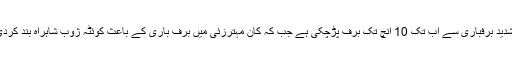
مری میں شدید برفباری سے اب تک 10 انچ تک برف پڑچکی ہے جب کہ کان مہترزئی میں برف باری کے باعث کوئٹہ ژوب شاہراہ بند کردی گئی ہے۔